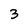
Character: 3